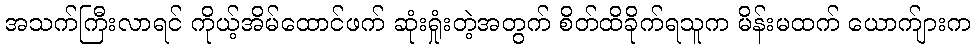
အသက်ကြီးလာရင် ကိုယ့်အိမ်ထောင်ဖက် ဆုံးရှုံးတဲ့အတွက် စိတ်ထိခိုက်ရသူက မိန်းမထက် ယောက်ျားက